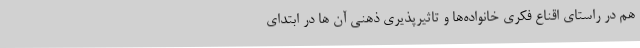
هم در راستای اقناع فکری خانواده‌ها و تاثیرپذیری ذهنی آن ها در ابتدای